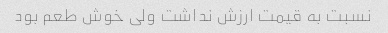
نسبت به قیمت ارزش نداشت ولی خوش طعم بود